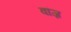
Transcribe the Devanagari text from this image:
वांज़